DOW-UAP-D75, Mission Report, Gulf of Aden, July 2024
Agency: Department of War
Incident date: 7/14/24
Incident location: Gulf of Aden
Page 2
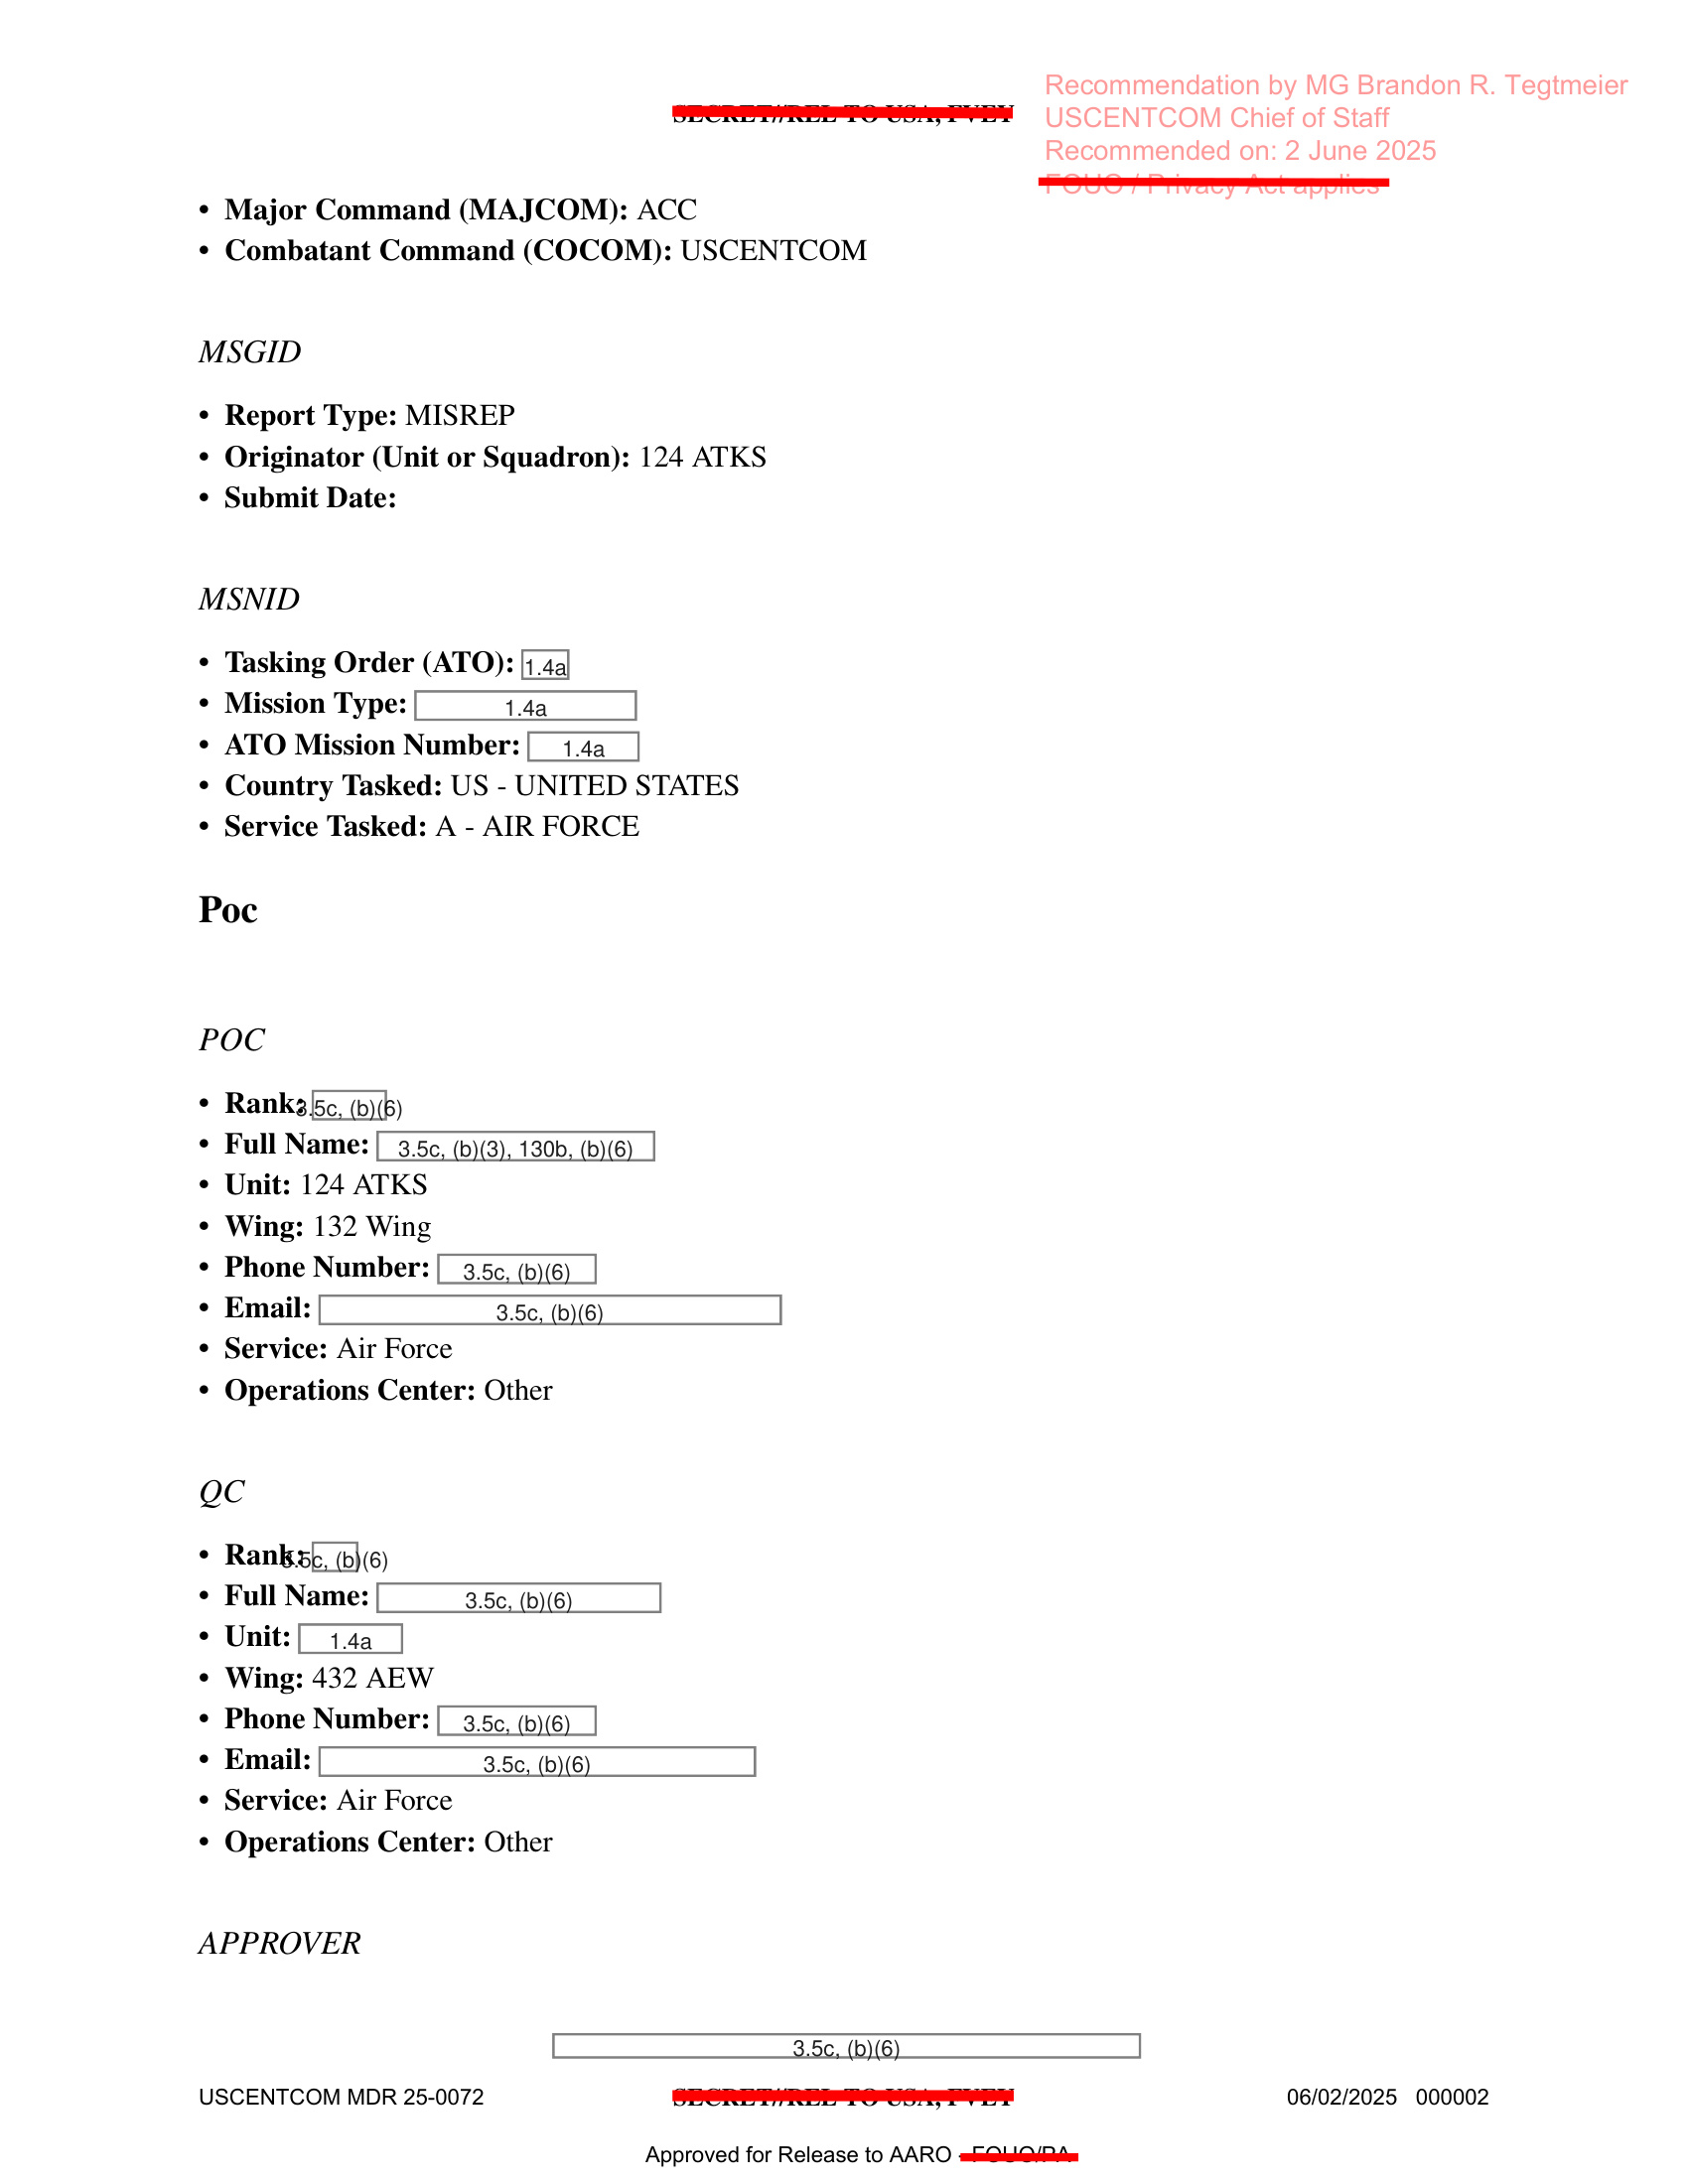